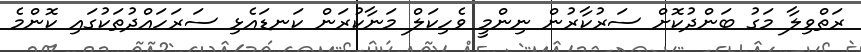
ރަތްވިލާ މަގު ބަންދުކޮށް ސަރުކާރުން ނިންމީ ވެހިކަލް މަނާކުރަން ކަނޑައެޅި ސަރަަހައްދުތަކުގައި ކޮންމެ